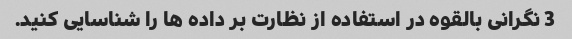
3 نگرانی بالقوه در استفاده از نظارت بر داده ها را شناسایی کنید.